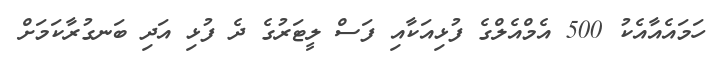
ހަމައެއާއެކު 500 އެމްއެލްގެ ފުޅިއަކާއި ފަސް ލީޓަރުގެ ދެ ފުޅި އަދި ބަނގުރާކަމަށް